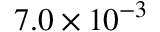
7 . 0 \times 1 0 ^ { - 3 }